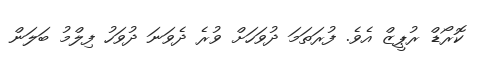
ކޮރޯޑް ރުޕީޒް އެވެ. ފުރަތަމަ ދުވަހަށް ވުރެ ދެވަނަ ދުވަހު ފިލްމު ބަލަން